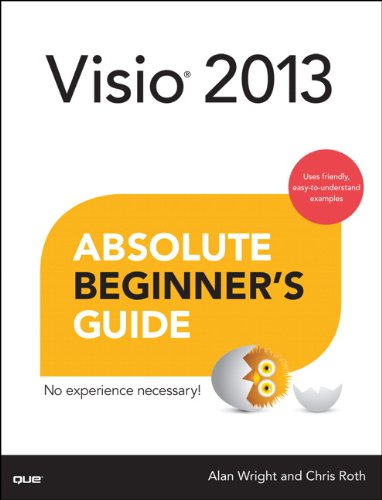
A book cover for Visio 2013 Absolute Beginner's Guide; Alan Wright; Computers & Technology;